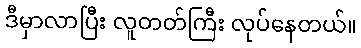
ဒီမှာလာပြီး လူတတ်ကြီး လုပ်နေတယ်။